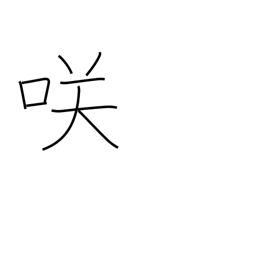
Meaning: blossom